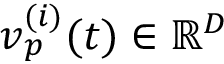
\boldsymbol { v } _ { p } ^ { ( i ) } ( t ) \in \mathbb { R } ^ { D }